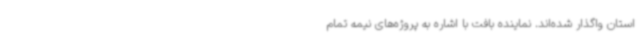
استان واگذار شده‌اند. نماینده بافت با اشاره به پروژه‌های نیمه تمام